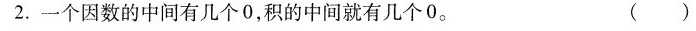
2.一个因数的中间有几个0，积的中间就有几个0。 ()